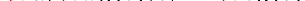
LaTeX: \smash{\v{u}[\v{x}_{\alpha}(t),t]=\v{v}_{\alpha}(t)}